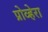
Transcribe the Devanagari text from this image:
प्रोव्हेरा